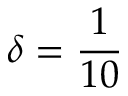
\delta = \frac { 1 } { 1 0 }